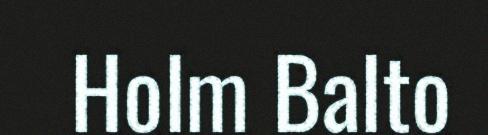
Holm Balto